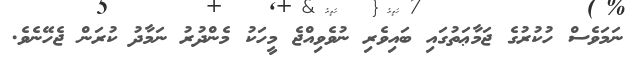
ނަމަވެސް ހުކުރުގެ ޖަމާޢަތުގައި ބައިވެރި ނުވެވިއްޖެ މީހަކު މެންދުރު ނަމާދު ކުރަން ޖެހޭނެވެ.